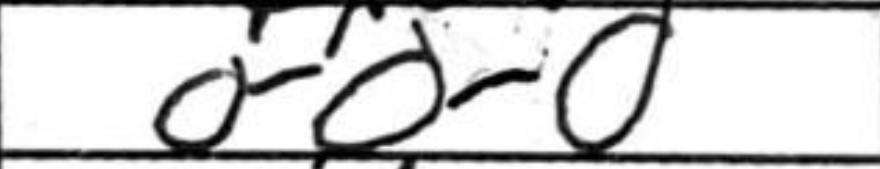
Transcription: O-O-O